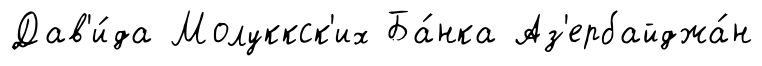
Дав'и́да Молуккск'их Ба́нка Аз'ербайджа́н